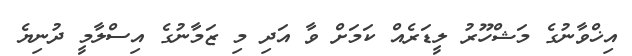
އިޚްވާނުގެ މަޝްހޫރު ލީޑަރެއް ކަމަށް ވާ އަދި މި ޒަމާނުގެ އިސްލާމީ ދުނިޔެ